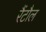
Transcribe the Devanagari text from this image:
रैंटौल